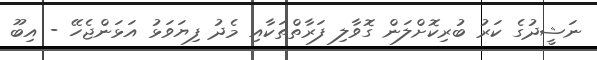
ނަޝީދުގެ ކަރު ބުރިކޮށްލަން ގޮވާލި ފަރާތްތަކާއި މެދު ފިޔަވަޅު އަޅަންޖެހޭ - އިބޫ